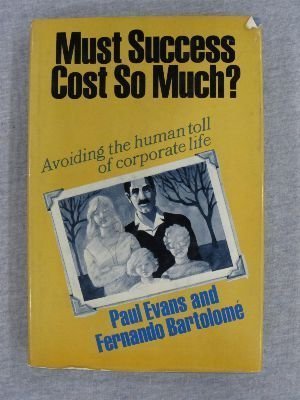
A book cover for Must Success Cost So Much; Evans; Business & Money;